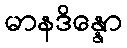
မာနဒိန္နော